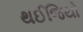
થઈજિયો